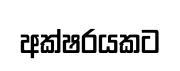
අක්ෂරයකට